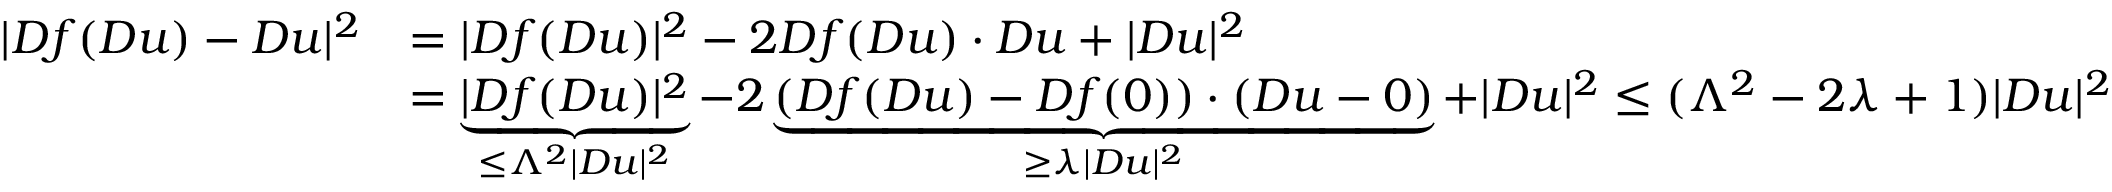
\begin{array} { r l } { | D f ( D u ) - D u | ^ { 2 } } & { = | D f ( D u ) | ^ { 2 } - 2 D f ( D u ) \cdot D u + | D u | ^ { 2 } } \\ & { = \underbrace { | D f ( D u ) | ^ { 2 } } _ { \leq \Lambda ^ { 2 } | D u | ^ { 2 } } - 2 \underbrace { ( D f ( D u ) - D f ( 0 ) ) \cdot ( D u - 0 ) } _ { \geq \lambda | D u | ^ { 2 } } + | D u | ^ { 2 } \leq ( \Lambda ^ { 2 } - 2 \lambda + 1 ) | D u | ^ { 2 } } \end{array}